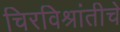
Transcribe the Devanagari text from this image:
चिरविश्रांतीचे